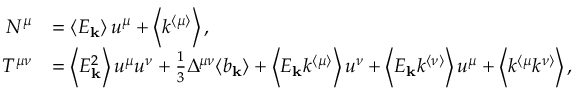
\begin{array} { r l } { N ^ { \mu } } & { = \left\langle E _ { \mathbf { k } } \right\rangle u ^ { \mu } + \left\langle k ^ { \langle \mu \rangle } \right\rangle , } \\ { T ^ { \mu \nu } } & { = \left\langle E _ { \mathbf { k } } ^ { 2 } \right\rangle u ^ { \mu } u ^ { \nu } + \frac { 1 } { 3 } \Delta ^ { \mu \nu } \langle b _ { \mathbf { k } } \rangle + \left\langle E _ { \mathbf { k } } k ^ { \langle \mu \rangle } \right\rangle u ^ { \nu } + \left\langle E _ { \mathbf { k } } k ^ { \langle \nu \rangle } \right\rangle u ^ { \mu } + \left\langle k ^ { \langle \mu } k ^ { \nu \rangle } \right\rangle , } \end{array}